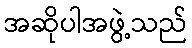
အဆိုပါအဖွဲ့သည်